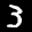
Label: 3